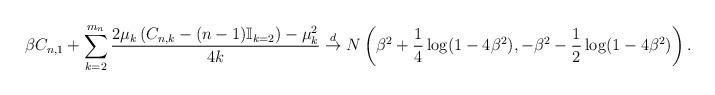
LaTeX: \begin{align*}\beta C_{n,1} + \sum_{k=2}^{m_{n}}\frac{2\mu_{k}\left(C_{n,k}- (n-1)\mathbb{I}_{k=2}\right)- \mu_{k}^2}{4k} \stackrel{d}{\to} N\left( \beta^2+\frac{1}{4}\log(1-4\beta^2), -\beta^2 - \frac{1}{2}\log(1-4\beta^2) \right).\end{align*}